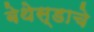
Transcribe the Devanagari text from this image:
बेथेस्डाचे